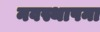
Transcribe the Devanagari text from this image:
नवस्थापना